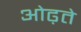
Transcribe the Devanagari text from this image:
ओढ़ते